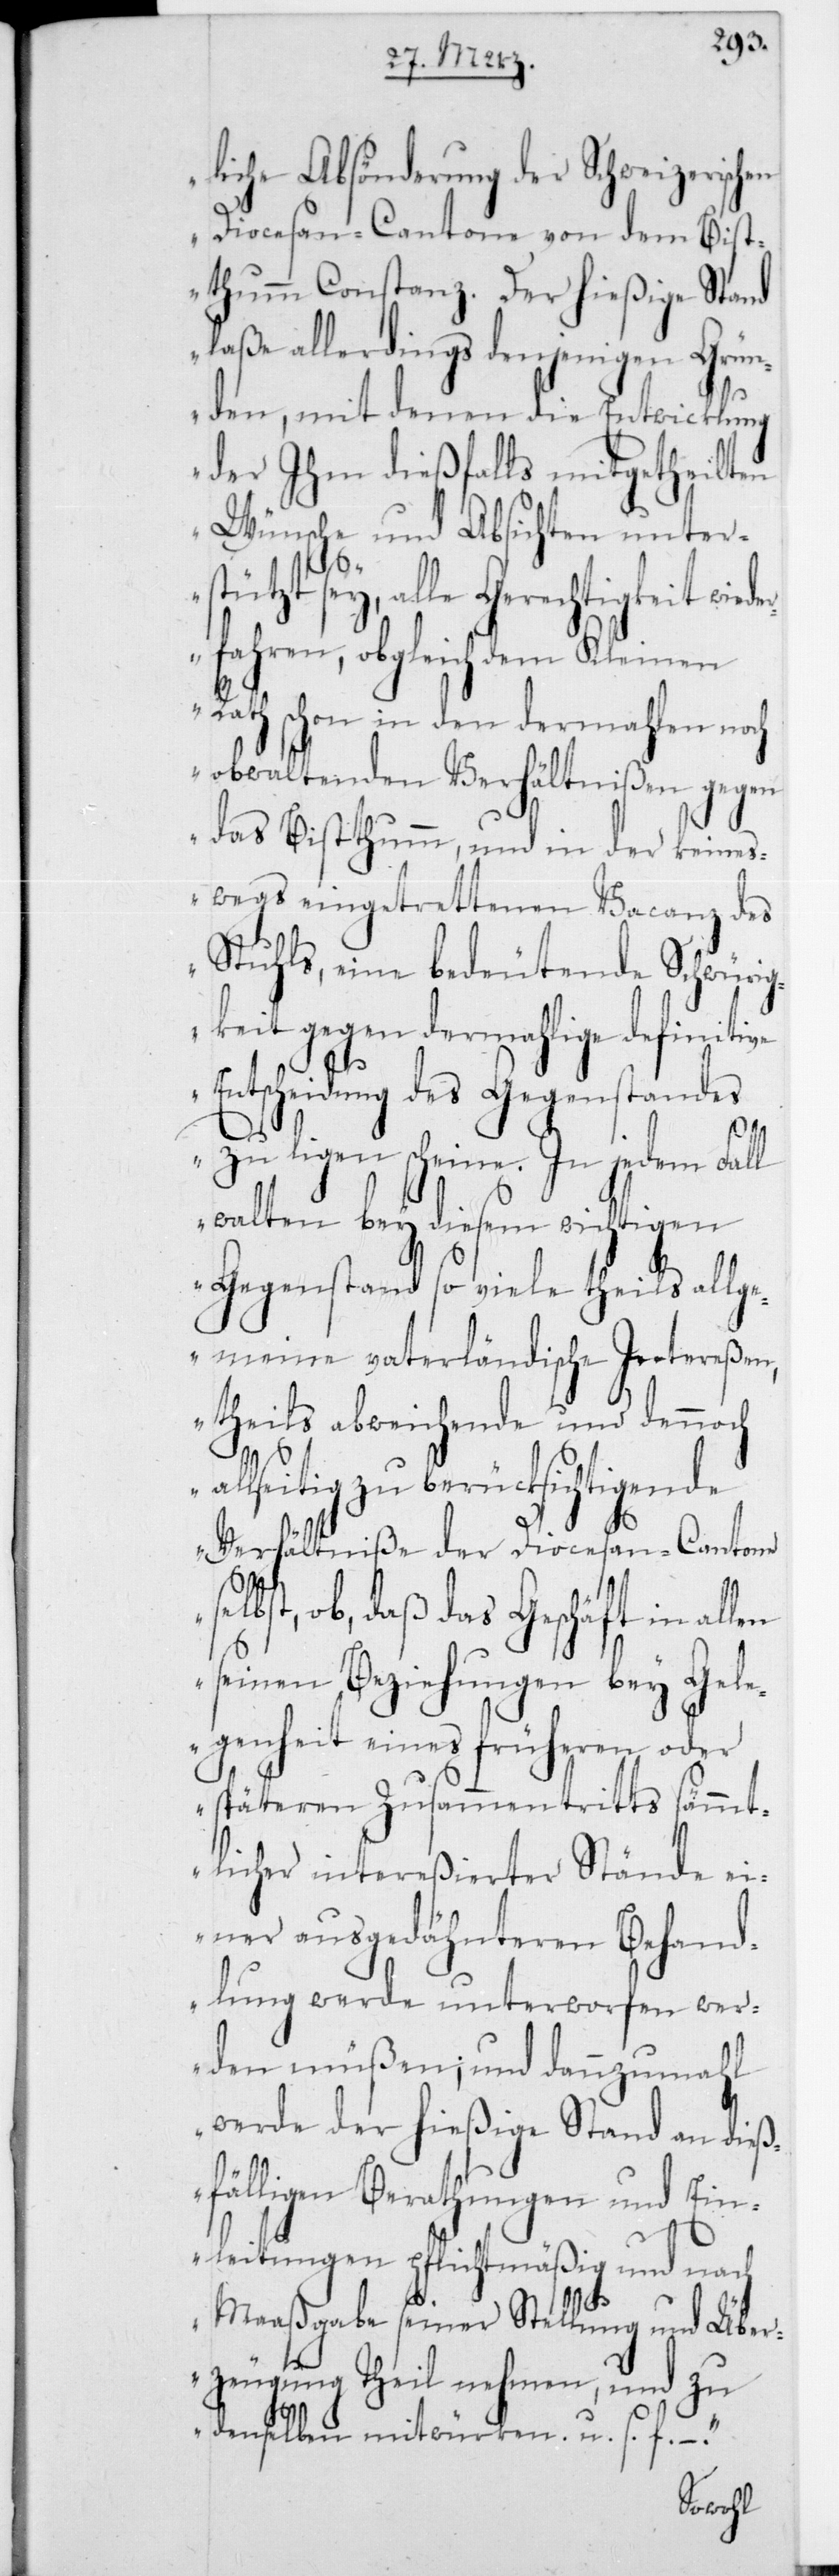
liche Absönderung der Schweizerischen
Diocesan-Cantone von dem Bist¬
humm Constanz. Der hießige Stand
laße allerdings denjenigen Grün¬
den, mit denen die Entwicklung
der Ihm dießfalls mitgetheilten
Wünsche und Absichten unter¬
stützt sey, alle Gerechtigkeit wied¬
erfahren, obgleich dem Kleinen
Rath schon in den dermahlen noch
obwaltenden Verhältnißen gegen
das Bisthumm, und in der keines¬
wegs eingetrettenen Vacanz des
Stuhls, eine bedeutende Schwürig¬
keit gegen dermahlige definitive
Entscheidung des Gegenstandes
zu liegen scheine. In jedem Fall
walten bey diesem wichtigen
Gegenstand so viele theils allge¬
meine vaterländische Intereßen,
theils abweichende und dennoch
allseitig zu berücksichtigende
Verhältniße der Diocesan-Cantone
elbst, ob, daß das Geschäft in
seinen Beziehungen bei Gel¬
egenheit eines früheren oder
späteren Zusammentritts sämmt¬
licher intereßierter Stände
einer ausgedähnteren Behand¬
lung werde unterworfen wer¬
den müßen; und dannzumahl
werde der hießige Stand an dieß¬
fälligen Berathungen und Ein¬
s¬
leitungen pflichtmäßig und nach
Maaßgabe seiner Stellung und Über¬
zeugung theil nehmen, und zu
denselben mitwürken u. s. f..“